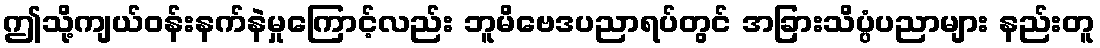
ဤသို့ကျယ်ဝန်းနက်နဲမှုကြောင့်လည်း ဘူမိဗေဒပညာရပ်တွင် အခြားသိပ္ပံပညာများ နည်းတူ